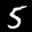
Label: 5